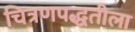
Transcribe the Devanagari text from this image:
चित्रणपद्धतीला